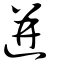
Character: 迸